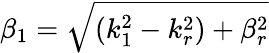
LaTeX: \beta_{1}=\sqrt{(k_{1}^{2}-k_{r}^{2})+\beta_{r}^{2}}